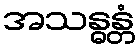
အသန္ဓန္တံ